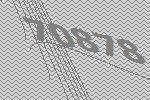
70878